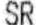
SR